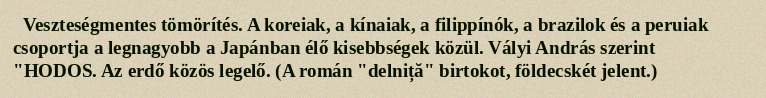
Veszteségmentes tömörítés. A koreiak, a kínaiak, a filippínók, a brazilok és a peruiak csoportja a legnagyobb a Japánban élő kisebbségek közül. Vályi András szerint "HODOS. Az erdő közös legelő. (A román "delniță" birtokot, földecskét jelent.)